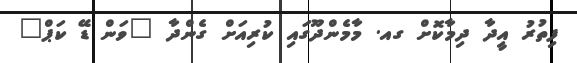
ފިތުރު އީދާ ދިމާކޮށް ގއ. މާމެންދޫގައި ކުރިއަށް ގެންދާ "ވަން ޑޭ ކަޕް"